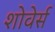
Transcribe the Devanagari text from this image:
शोवेर्स